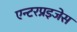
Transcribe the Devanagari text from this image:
एन्टरप्रइजेस